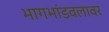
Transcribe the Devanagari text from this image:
भागभांडवलावर